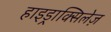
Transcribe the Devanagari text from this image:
हाइड्राक्सिलेज़